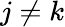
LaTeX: j\ne k